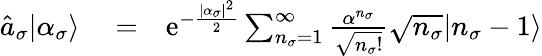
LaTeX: \begin{array}{rlr}{\hat{a}_{\sigma}|\alpha_{\sigma}\rangle}&{{}=}&{\mathrm{e}^{-\frac{|\alpha_{\sigma}|^{2}}{2}}\sum_{n_{\sigma}=1}^{\infty}\frac{\alpha^{n_{\sigma}}}{\sqrt{n_{\sigma}!}}\sqrt{n_{\sigma}}|n_{\sigma}-1\rangle}\end{array}